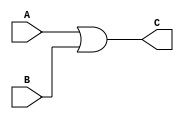
/******************************************************************
* Description
*		This is an OR gate:
* Version:
*	1.0
* Author:
*Luis David Gallegos Godoy
* email:
*	is709571@iteso.mx
* Date:
*	02/07/2019
******************************************************************/
module ORGate
(
	input A,
	input B,
	output reg C
);

always@(*)
	C = A | B;

endmodule
//andgate//